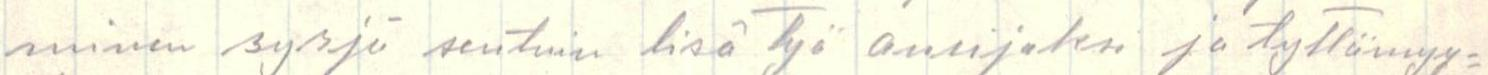
minen syrjä seutuin lisä työ ansijoksi ja tyttömyy=